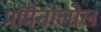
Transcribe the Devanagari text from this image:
प्रॉप्रैनोलोल